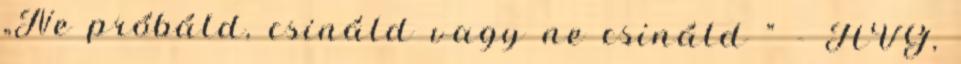
„Ne próbáld, csináld vagy ne csináld " - HVG,